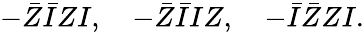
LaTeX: -\bar{Z}\bar{I}ZI,\quad-\bar{Z}\bar{I}IZ,\quad-\bar{I}\bar{Z}ZI.